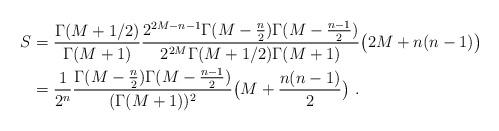
LaTeX: \begin{align*} S&=\frac{\Gamma(M+1/2)}{\Gamma(M+1)} \frac{2^{2M-n-1} \Gamma(M-\frac n2) \Gamma(M-\frac{n-1}2)}{2^{2M} \Gamma(M+1/2)\Gamma(M+1)} \bigl(2M+n(n-1)\bigr)\\ &=\frac 1{2^{n}} \frac{\Gamma(M-\frac n2) \Gamma(M-\frac{n-1}2)} {(\Gamma(M+1))^2}\bigl(M+\frac{n(n-1)}2\bigr)\ .\end{align*}